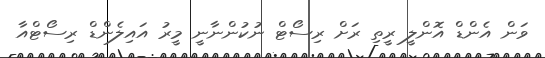
ވަން އެންޑް އޮންލީ ރީތި ރަށް ރިސޯޓް ނުކުންނާނީ މީރު އައިލެންޑް ރިސޯޓްއާ